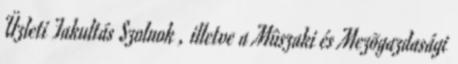
Üzleti Fakultás Szolnok , illetve a Mûszaki és Mezõgazdasági